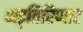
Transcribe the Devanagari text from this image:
भट्टतिरिप्पाट